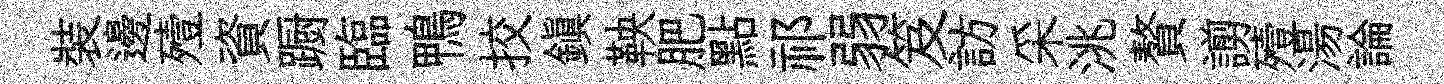
裝邊殪資蹰臨鴨挍鎭鞅肥點祁弱笈訪采洮贅謭殪湯論